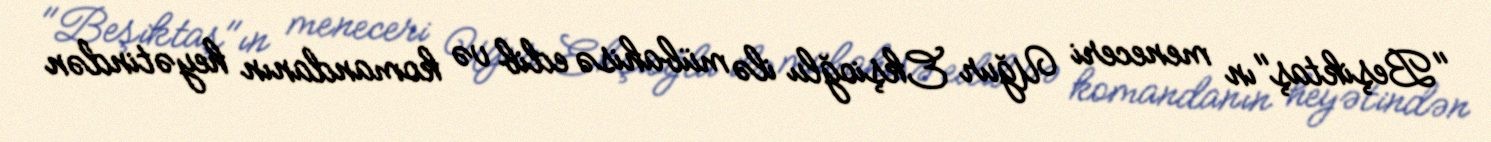
"Beşiktaş"ın meneceri Uğur Ekşioğlu ilə mübahisə edib və komandanın heyətindən